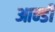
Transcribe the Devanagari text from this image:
आन्डी